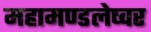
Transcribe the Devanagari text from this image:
महामण्डलेष्वर